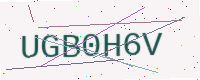
Text: UGB0H6V